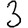
Digit: 3